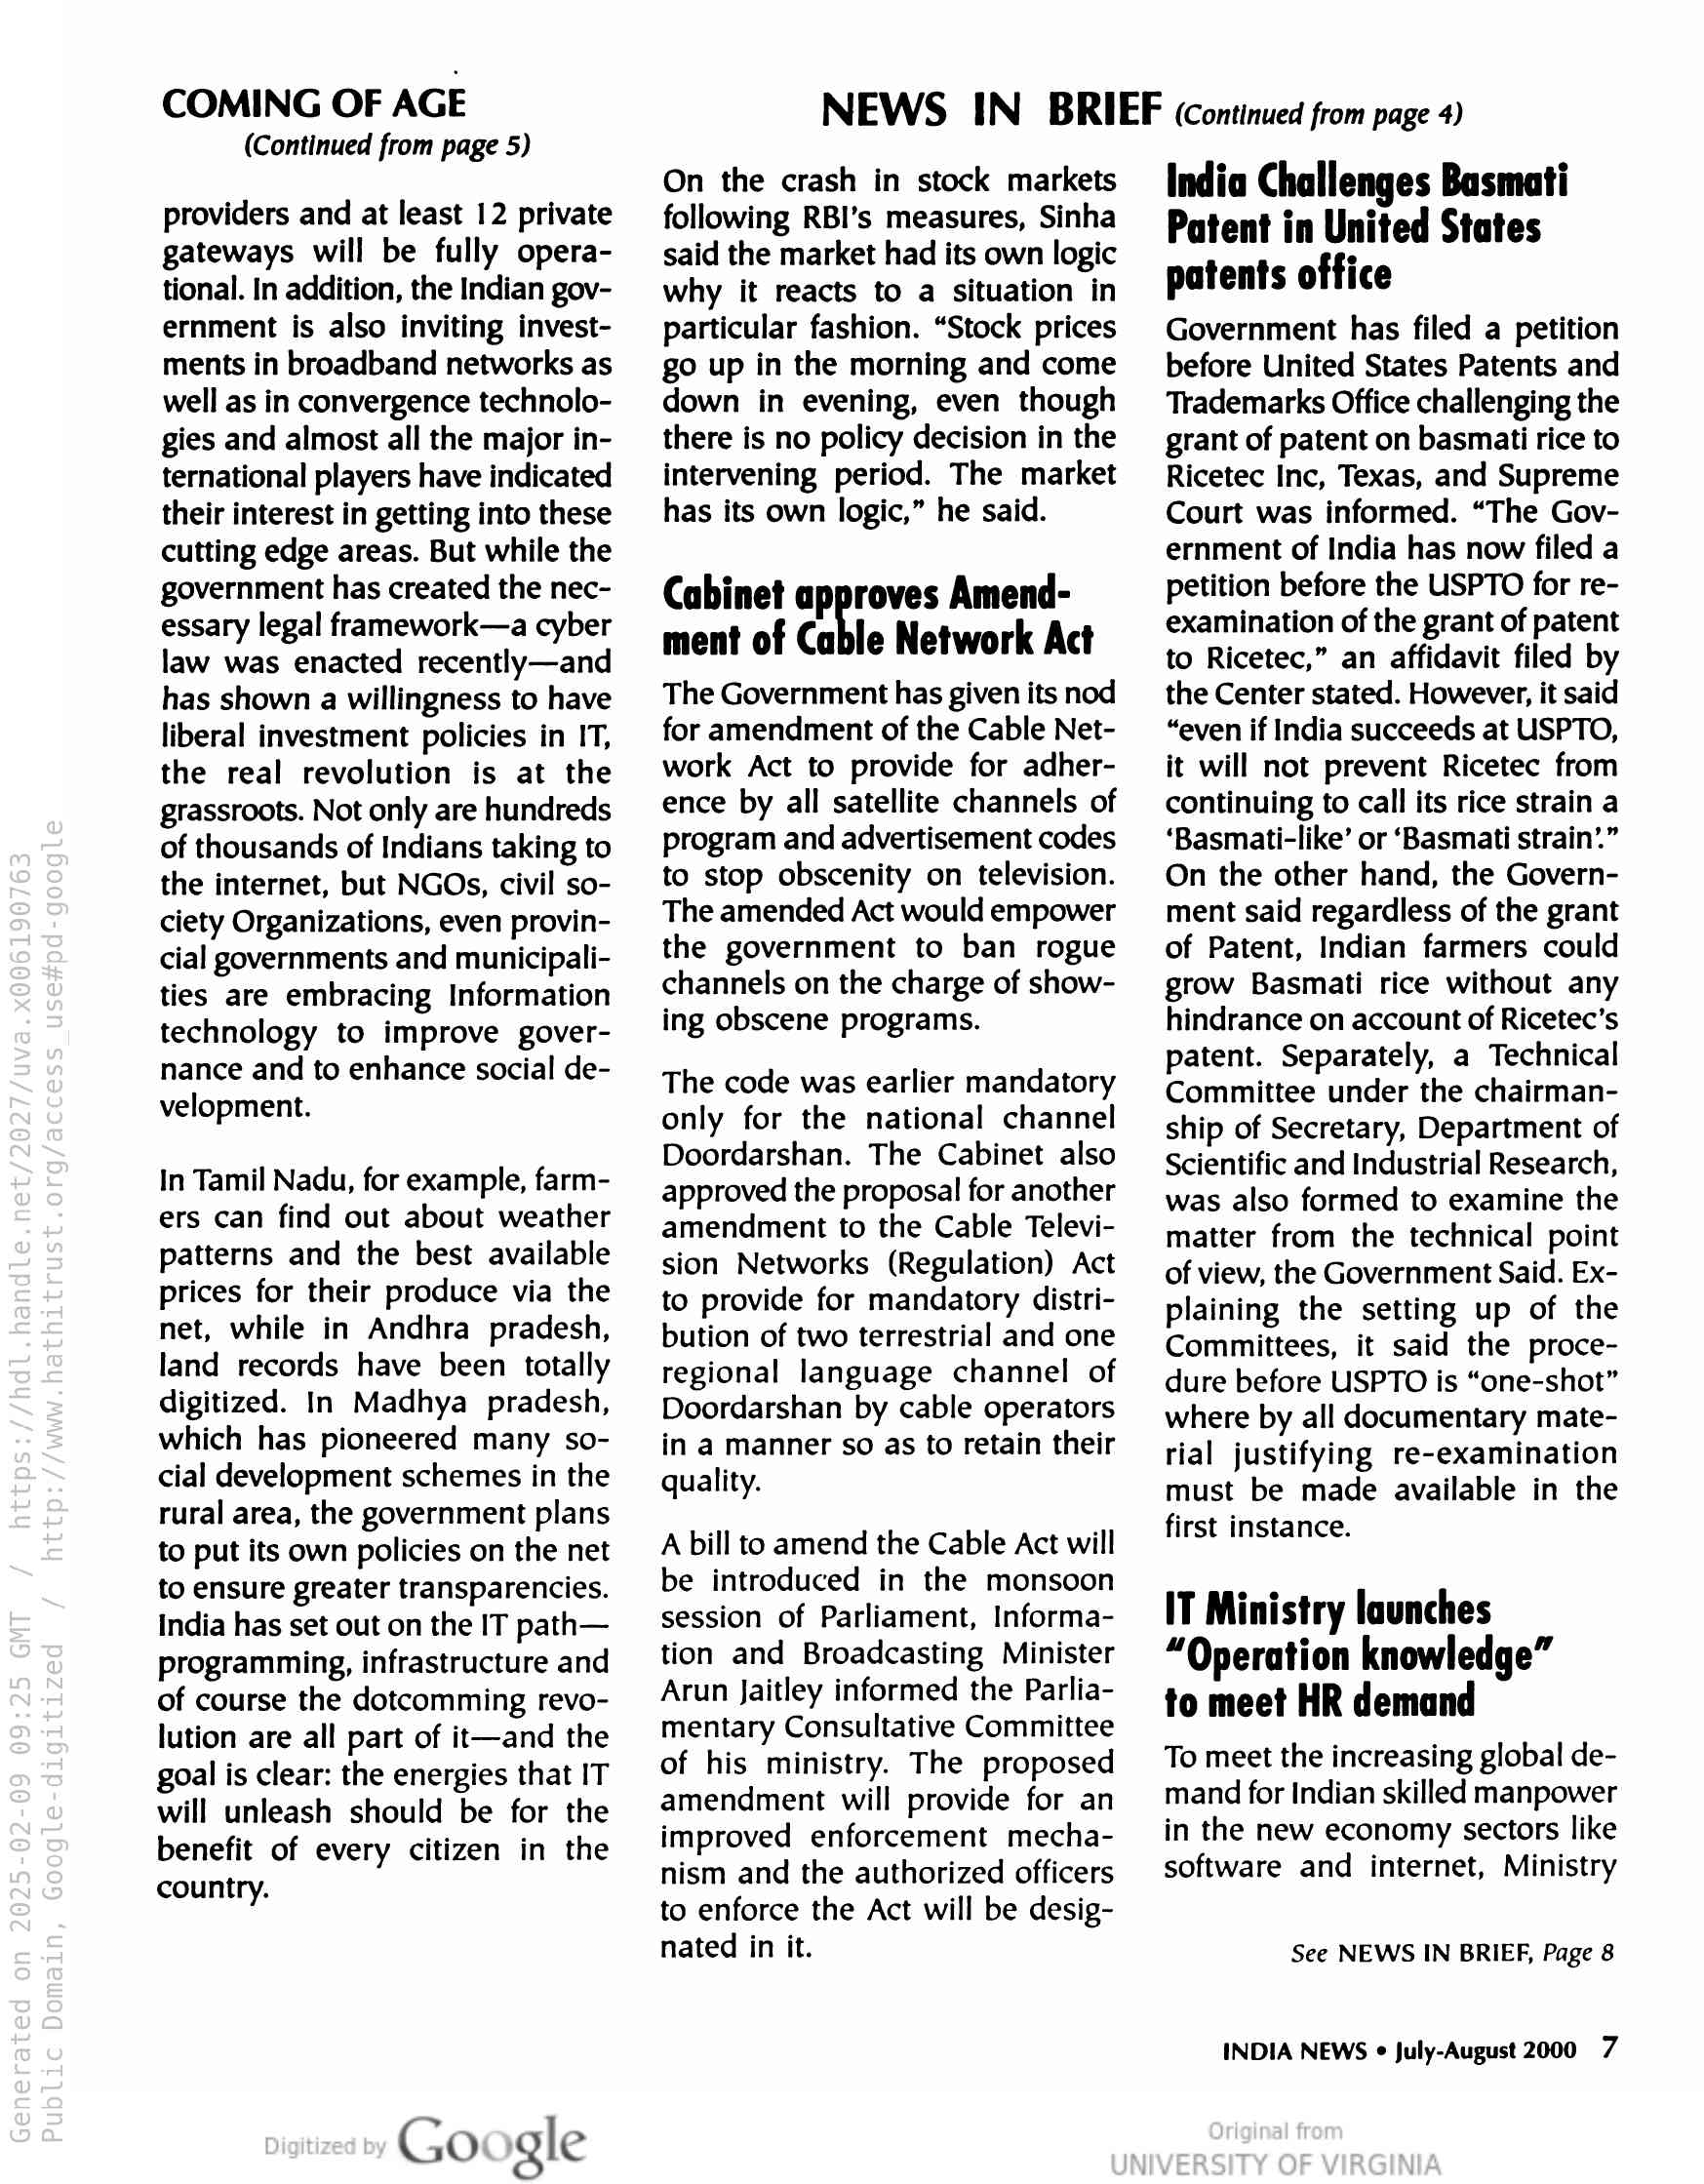
COMING OF AGE
(Continued from page 5)

providers and at least 12 private
gateways will be fully opera-
tional. In addition, the Indian gov-
ernment is also inviting invest-
ments in broadband networks as
well as in convergence technolo-
gies and almost all the major in-
ternational players have indicated
their interest in getting into these
cutting edge areas. But while the
government has created the nec-
essary legal framework—a cyber
law was enacted recently—and
has shown a willingness to have
liberal investment policies in IT,
the real revolution is at the
grassroots. Not only are hundreds
of thousands of Indians taking to
the internet, but NGOs, civil so-
ciety Organizations, even provin-
cial governments and municipali-
ties are embracing Information
technology to improve gover-
nance and to enhance social de-
velopment.

In Tamil Nadu, for example, farm-
ers can find out about weather
patterns and the best available
prices for their produce via the
net, while in Andhra pradesh,
land records have been totally
digitized. In Madhya pradesh,
which has pioneered many so-
cial development schemes in the
rural area, the government plans.
to put its own policies on the net
to ensure greater transparencies.
India has set out on the IT path—
programming, infrastructure and
of course the dotcomming revo-
lution are all part of it—and the
goal is clear: the energies that IT
will unleash should be for the
benefit of every citizen in the
country.

Go gle

NEWS IN BRIEF (continued from page 4)

On the crash in stock markets
following RBI’s measures, Sinha
said the market had its own logic
why it reacts to a situation in
particular fashion. “Stock prices
go up in the morning and come
down in evening, even though
there is no policy decision in the
intervening period. The market
has its own logic,” he said.

Cabinet approves Amend-
ment of Cable Network Act

The Government has given its nod
for amendment of the Cable Net-
work Act to provide for adher-
ence by all satellite channels of
program and advertisement codes
to stop obscenity on television.
The amended Act would empower
the government to ban rogue
channels on the charge of show-
ing obscene programs.

The code was earlier mandatory
only for the national channel
Doordarshan. The Cabinet also
approved the proposal for another
amendment to the Cable Televi-
sion Networks (Regulation) Act
to provide for mandatory distri-
bution of two terrestrial and one
regional language channel of
Doordarshan by cable operators
in a manner so as to retain their
quality.

A bill to amend the Cable Act will
be introduced in the monsoon
session of Parliament, Informa-
tion and Broadcasting Minister
Arun Jaitley informed the Parlia-
mentary Consultative Committee
of his ministry. The proposed
amendment will provide for an
improved enforcement mecha-
nism and the authorized officers
to enforce the Act will be desig-
nated in it.

India Challenges Basmati
Patent in United States
patents office

Government has filed a petition
before United States Patents and
Trademarks Office challenging the
grant of patent on basmati rice to
Ricetec Inc, Texas, and Supreme
Court was informed. “The Gov-
ernment of India has now filed a
petition before the USPTO for re-
examination of the grant of patent
to Ricetec,” an affidavit filed by
the Center stated. However, it said
“even if India succeeds at USPTO,
it will not prevent Ricetec from
continuing to call its rice strain a
‘Basmati-like’ or ‘Basmati strain.”
On the other hand, the Govern-
ment said regardless of the grant
of Patent, Indian farmers could
grow Basmati rice without any
hindrance on account of Ricetec’s
patent. Separately, a Technical
Committee under the chairman-
ship of Secretary, Department of
Scientific and Industrial Research,
was also formed to examine the
matter from the technical point
of view, the Government Said. Ex-
plaining the setting up of the
Committees, it said the proce-
dure before USPTO is “one-shot”
where by all documentary mate-
rial justifying re-examination
must be made available in the
first instance.

IT Ministry launches
“Operation knowledge”
to meet HR demand

To meet the increasing global de-
mand for Indian skilled manpower
in the new economy sectors like
software and internet, Ministry

See NEWS IN BRIEF, Page 8

INDIA NEWS « July-August 2000 7